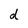
Character: d